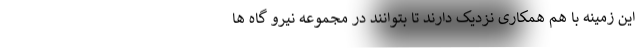
این زمینه با هم همکاری نزدیک دارند تا بتوانند در مجموعه نیرو گاه ها